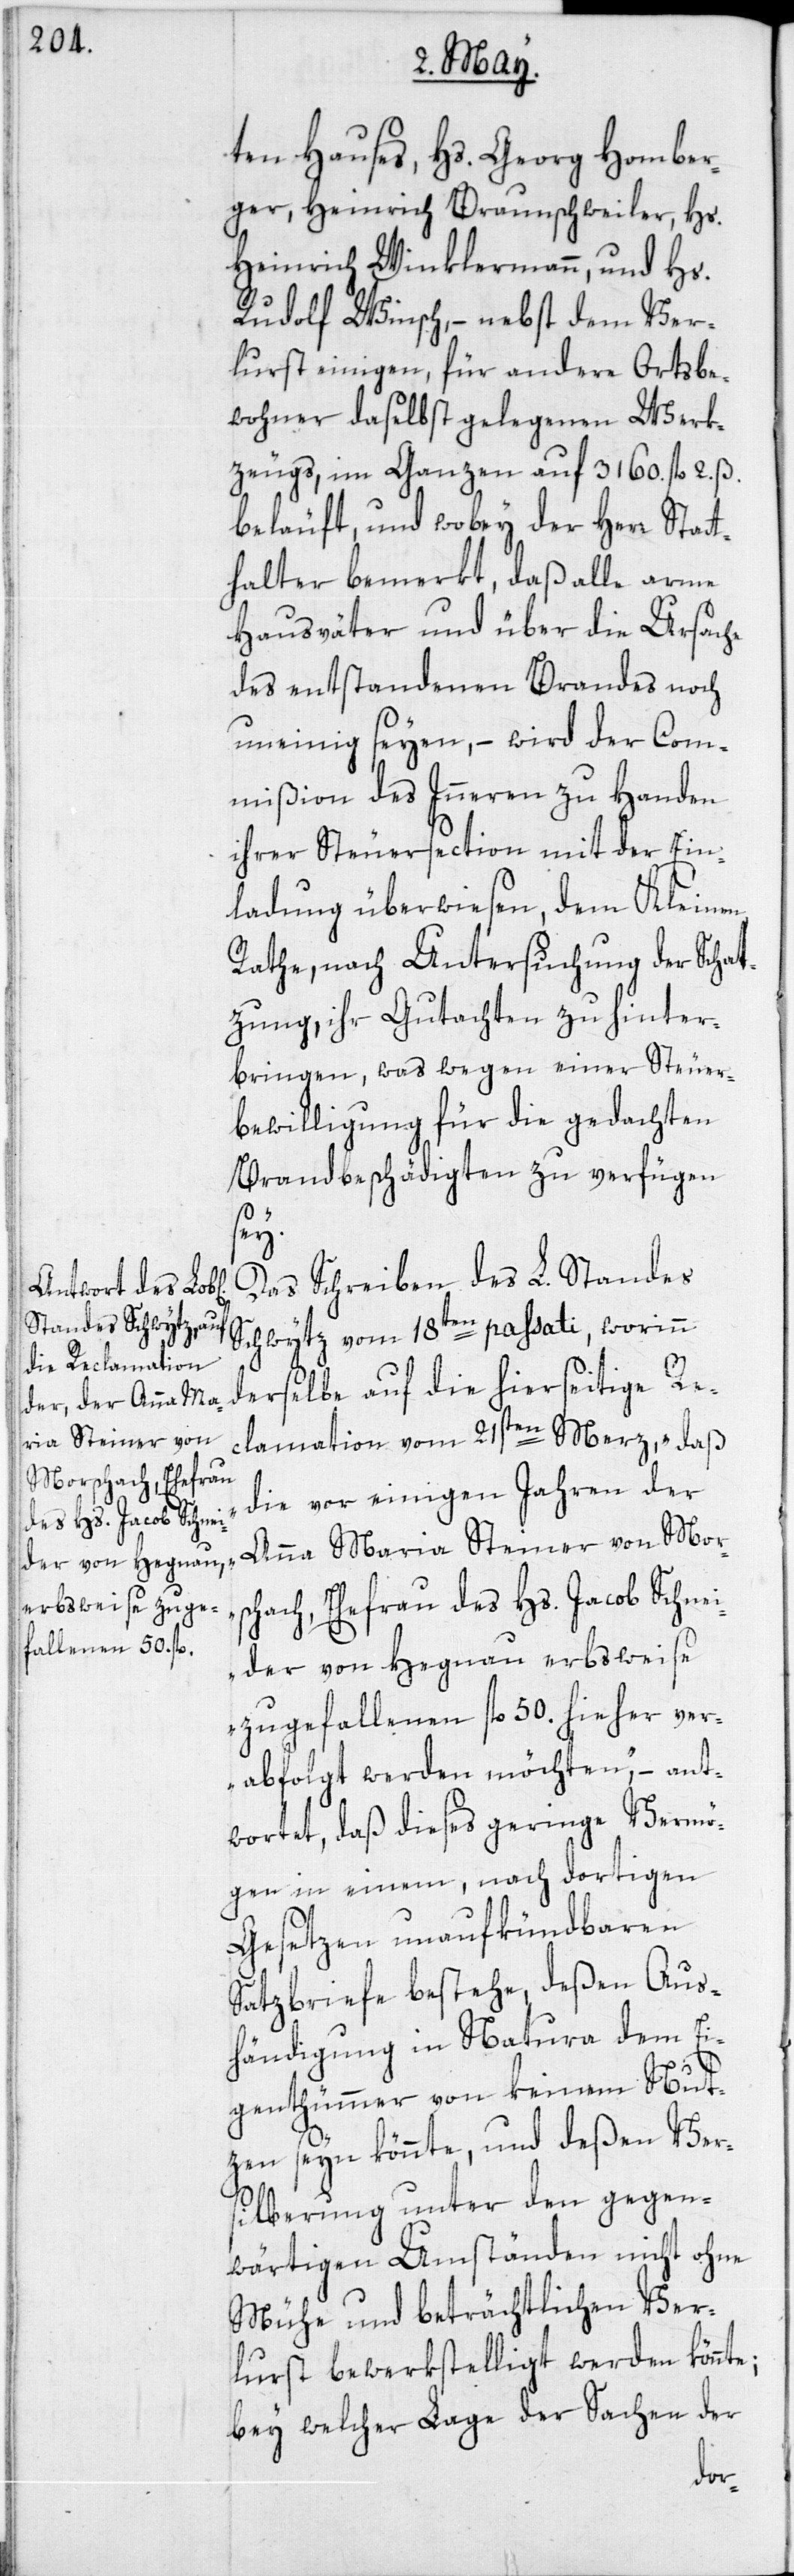
ten Hauses, Hs. Georg Homber¬
ger, Heinrich Braunschweiler, Hs.
Heinrich Winklermann, und Hs.
Rudolf Winsch, – nebst dem Ver¬
lust einigen, für andere Ortsbe¬
wohner daselbst gelegenen Werk¬
zeugs, im Ganzen auf 3160. fl 2. ß.
beläuft, und wobey der Herr Stat¬
thalter bemerkt, daß alle arme
Hausväter und über die Ursache
des entstandenen Brandes noch
uneinig seyen, – wird der Com¬
mißion des Inneren zu Handen
ihrer Steuersection mit der Ein¬
ladung überwiesen, dem Kleinen
Rathe, nach Untersuchung der Schat¬
zung, ihr Gutachten zu hinter¬
bringen, was wegen einer Steuer¬
bewilligung für die gedachten
Brandbeschädigten zu verfügen
te;
Das Schreiben des L. Standes
Schwytz vom 18ten passati, worinn
derselbe auf die hierseitige Rec¬
lamation vom 21sten Merz, „daß
die vor einigen Jahren der
Anna Maria Steiner von Mors¬
chach, Ehefrau des Hs. Jacob Schnei¬
der von Hegnau erbsweise
zugefallenen fl 50. hieher ver¬
abfolgt werden möchten,“ – ant¬
wortet, daß dieses geringe Vermö¬
gen in einem, nach dortigen
Gesetzen unaufkündbaren
Satzbriefe bestehe, deßen Aus¬
händigung in Natura dem Ei¬
genthümmer von keinem Nut¬
zen seyn könnte, und deßen Ver¬
silberung unter den gegen¬
wärtigen Umständen nicht ohne
Mühe und beträchtlichen Ver¬
lurst bewerkstelligt werden könn¬
bey welcher Lage der Sachen der